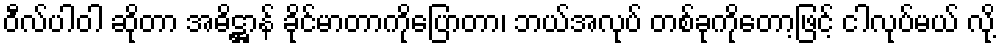
ဝီလ်ပါဝါ ဆိုတာ အဓိဋ္ဌာန် ခိုင်မာတာကိုပြောတာ၊ ဘယ်အလုပ် တစ်ခုကိုတော့ဖြင့် ငါလုပ်မယ် လို့